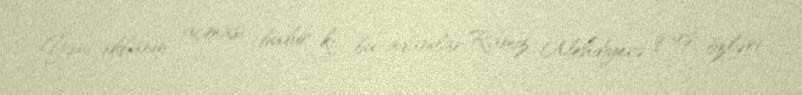
Yəni iddianın açması budur ki, bu adamlar Ramiz Mehdiyevə qarşı özləri